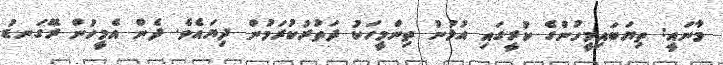
މާނައީ: ތިޔަބައިމީހުންގެ ކުރީގައި އުޅުނު ތިންމީހަކު ދަތުރުކުރަމުން ދިޔައެވެ. ދެން އެމީހުން ރޭގަނޑު